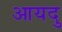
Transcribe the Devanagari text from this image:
आयदु